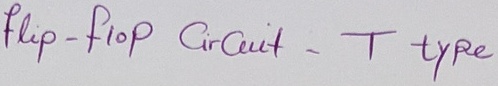
Text: flip-flop Circuit -T type